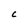
Character: C